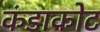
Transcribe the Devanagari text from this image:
कंडाकोट